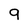
Character: 9